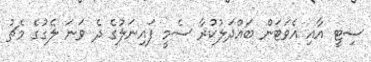
ސިޓީ އާއި އެވަޓަން ބައްދަލުކުރާ ސެމީ ފައިނަލުގެ ދެ ވަނަ ލެގުގެ މެޗު